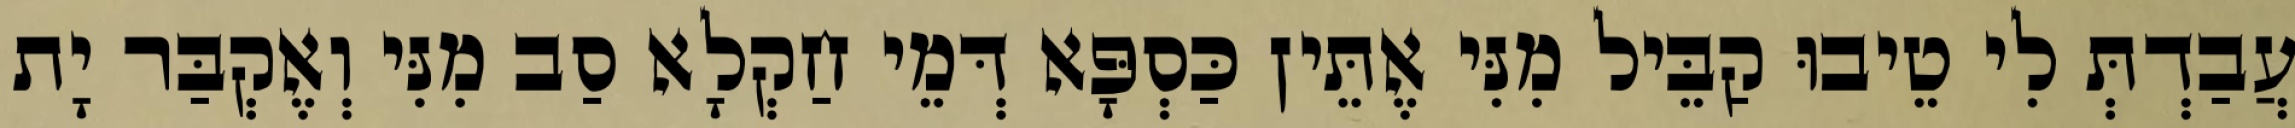
עֲבַדְתְּ לִי טֵיבוּ קַבֵּיל מִנִּי אֶתֵּין כַּסְפָּא דְּמֵי חַקְלָא סַב מִנִּי וְאֶקְבַּר יָת